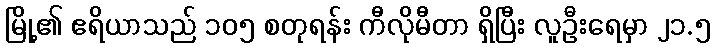
မြို့၏ ဧရိယာသည် ၁၀၅ စတုရန်း ကီလိုမီတာ ရှိပြီး လူဦးရေမှာ ၂၁.၅